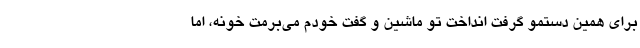
برای همین دستمو گرفت انداخت تو ماشین و گفت خودم می‌برمت خونه، اما